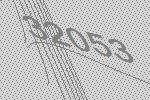
32053